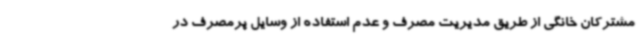
مشترکان خانگی از طریق مدیریت مصرف و عدم استفاده از وسایل پرمصرف در